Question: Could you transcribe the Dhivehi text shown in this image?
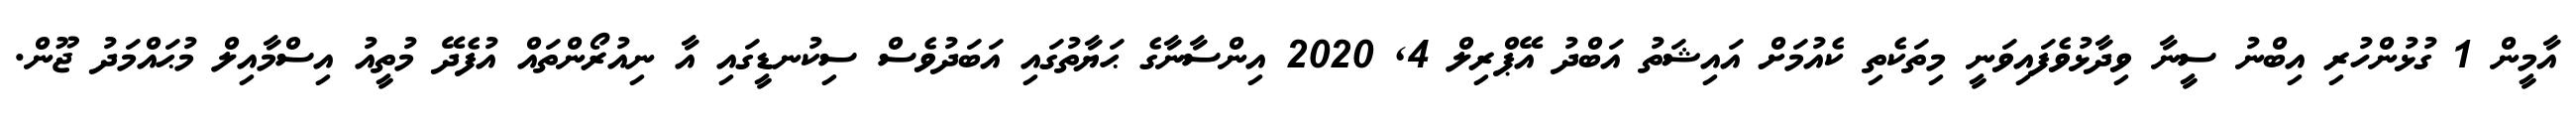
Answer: އާމީން 1 ގުޅުންހުރި އިބްނު ސީނާ ވިދާޅުވެފައިވަނީ މިތަކެތި ކެއުމަށް އައިޝަތު އަބްދު އޭޕްރިލް 4, 2020 އިންސާނާގެ ޙަޔާތުގައި އަބަދުވެސް ސިކުނޑީގައި އާ ނިއުރޯންތައް އުފެދޭ މުތީއު އިސްމާއިލް މުޙައްމަދު ޖޫން.